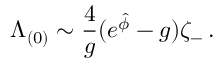
{ \Lambda _ { ( 0 ) } \sim { \frac { 4 } { g } } ( e ^ { \hat { \phi } } - g ) \zeta _ { - } \, . }